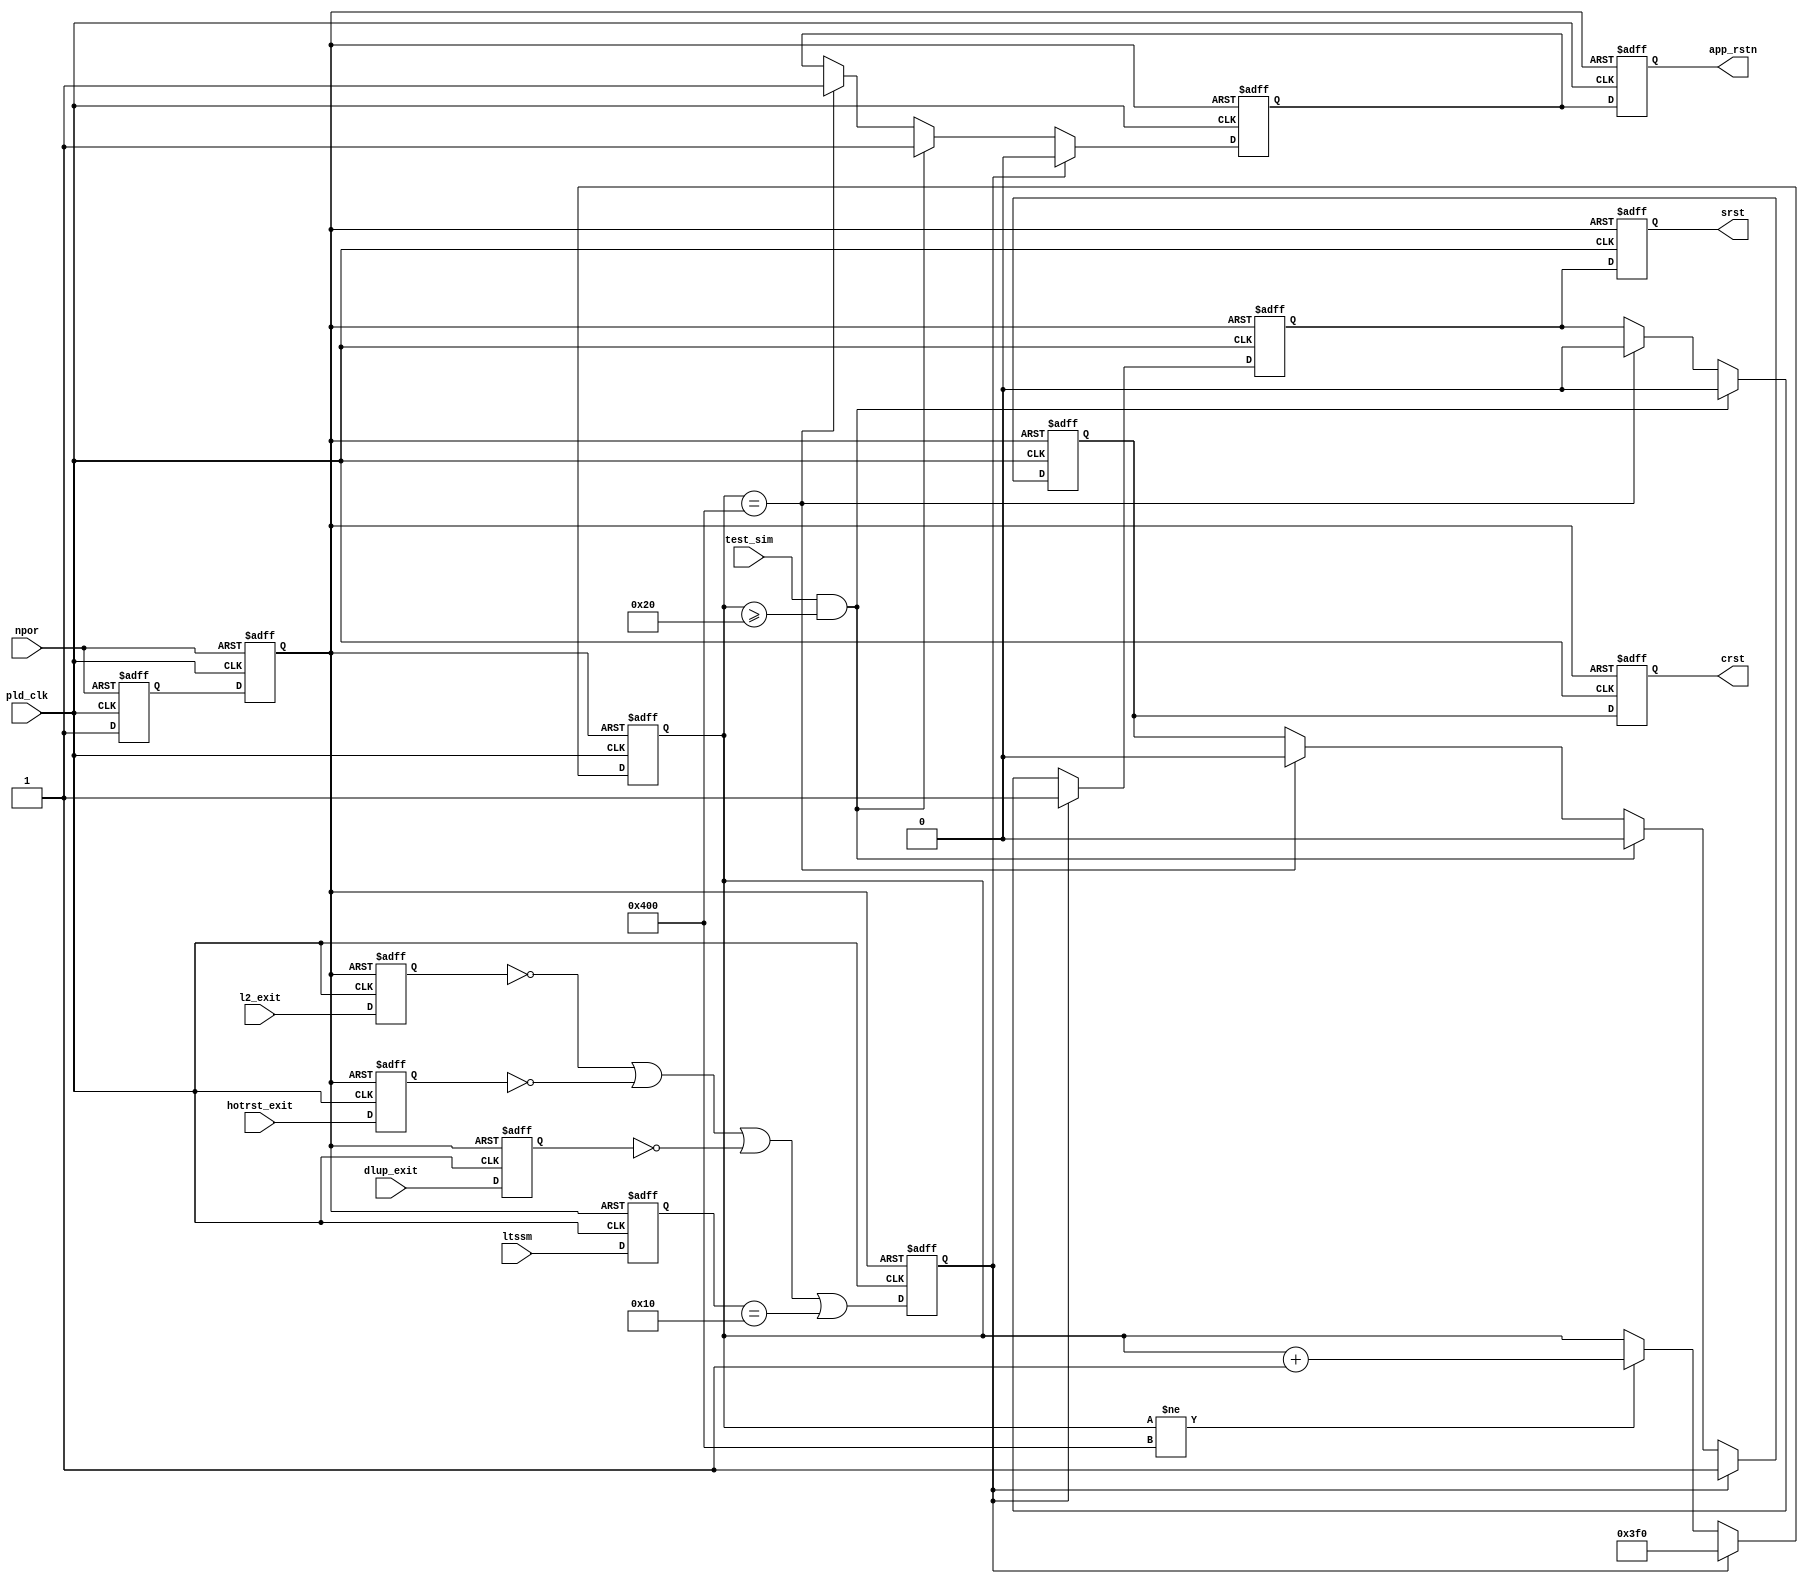
module pcie_hip_s4gx_gen2_x4_128_rs_hip (
                                           dlup_exit,
                                           hotrst_exit,
                                           l2_exit,
                                           ltssm,
                                           npor,
                                           pld_clk,
                                           test_sim,
                                           app_rstn,
                                           crst,
                                           srst
                                        )
;
  output           app_rstn;
  output           crst;
  output           srst;
  input            dlup_exit;
  input            hotrst_exit;
  input            l2_exit;
  input   [  4: 0] ltssm;
  input            npor;
  input            pld_clk;
  input            test_sim;
  reg              any_rstn_r ;
  reg              any_rstn_rr ;
  reg              app_rstn;
  reg              app_rstn0;
  reg              crst;
  reg              crst0;
  reg     [  4: 0] dl_ltssm_r;
  reg              dlup_exit_r;
  reg              exits_r;
  reg              hotrst_exit_r;
  reg              l2_exit_r;
  wire             otb0;
  wire             otb1;
  reg     [ 10: 0] rsnt_cntn;
  reg              srst;
  reg              srst0;
  assign otb0 = 1'b0;
  assign otb1 = 1'b1;
  always @(posedge pld_clk or negedge any_rstn_rr)
    begin
      if (any_rstn_rr == 0)
        begin
          dlup_exit_r <= otb1;
          hotrst_exit_r <= otb1;
          l2_exit_r <= otb1;
          exits_r <= otb0;
        end
      else 
        begin
          dlup_exit_r <= dlup_exit;
          hotrst_exit_r <= hotrst_exit;
          l2_exit_r <= l2_exit;
          exits_r <= (l2_exit_r == 1'b0) | (hotrst_exit_r == 1'b0) | (dlup_exit_r == 1'b0) | (dl_ltssm_r == 5'h10);
        end
    end
  always @(posedge pld_clk or negedge any_rstn_rr)
    begin
      if (any_rstn_rr == 0)
          dl_ltssm_r <= 0;
      else 
        dl_ltssm_r <= ltssm;
    end
  always @(posedge pld_clk or negedge npor)
    begin
      if (npor == 0)
        begin
          any_rstn_r <= 0;
          any_rstn_rr <= 0;
        end
      else 
        begin
          any_rstn_r <= 1;
          any_rstn_rr <= any_rstn_r;
        end
    end
  always @(posedge pld_clk or negedge any_rstn_rr)
    begin
      if (any_rstn_rr == 0)
          rsnt_cntn <= 0;
      else if (exits_r == 1'b1)
          rsnt_cntn <= 11'h3f0;
      else if (rsnt_cntn != 11'd1024)
          rsnt_cntn <= rsnt_cntn + 1;
    end
  always @(posedge pld_clk or negedge any_rstn_rr)
    begin
      if (any_rstn_rr == 0)
        begin
          app_rstn0 <= 0;
          srst0 <= 1;
          crst0 <= 1;
        end
      else if (exits_r == 1'b1)
        begin
          srst0 <= 1;
          crst0 <= 1;
          app_rstn0 <= 0;
        end
      else 
      if ((test_sim == 1'b1) & (rsnt_cntn >= 11'd32))
        begin
          srst0 <= 0;
          crst0 <= 0;
          app_rstn0 <= 1;
        end
      else 
      if (rsnt_cntn == 11'd1024)
        begin
          srst0 <= 0;
          crst0 <= 0;
          app_rstn0 <= 1;
        end
    end
  always @(posedge pld_clk or negedge any_rstn_rr)
    begin
      if (any_rstn_rr == 0)
        begin
          app_rstn <= 0;
          srst <= 1;
          crst <= 1;
        end
      else 
        begin
          app_rstn <= app_rstn0;
          srst <= srst0;
          crst <= crst0;
        end
    end
endmodule